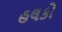
હલકો